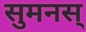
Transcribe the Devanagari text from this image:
सुमनस्